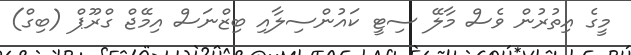
މީގެ އިތުރުން ވެސް މާލޭ ސިޓީ ކައުންސިލާއި ބިޒްނަސް އިމޭޖް ގްރޫޕް (ބިގް)